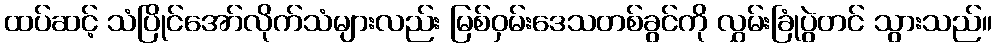
ထပ်ဆင့် သံပြိုင်အော်လိုက်သံများလည်း မြစ်ဝှမ်းဒေသတစ်ခွင်ကို လွှမ်းခြုံပွဲတင် သွားသည်။